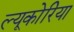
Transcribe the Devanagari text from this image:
ल्यूकोरिया